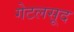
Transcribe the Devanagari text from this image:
गेटलसूद